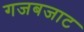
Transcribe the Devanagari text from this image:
गजबजाट